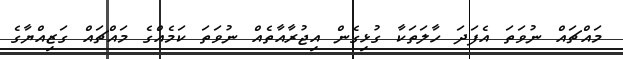
މައްޗައް ނުވަތަ އެފަދަ ހާލަތަކާ ގުޅިގެން އިޖުރާއާތެއް ނުވަތަ ކަމެއްގެ މައްޗައް ގަޒިއްޔާގެ